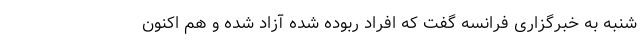
شنبه به خبرگزاری فرانسه گفت که افراد ربوده شده آزاد شده و هم اکنون